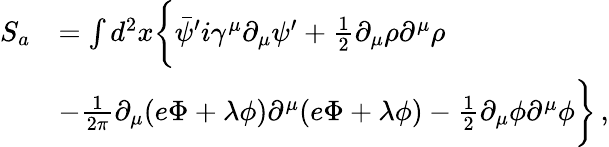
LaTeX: \begin{array}{rl}{S_{a}}&{=\int d^{2}x\bigg\{ \bar{\psi}^{\prime}i\gamma^{\mu}\partial_{\mu}\psi^{\prime}+\frac{1}{2}\partial_{\mu}\rho\partial^{\mu}\rho}\\ &{-\frac{1}{2\pi}\partial_{\mu}(e\Phi+\lambda\phi)\partial^{\mu}(e\Phi+\lambda\phi)-\frac{1}{2}\partial_{\mu}\phi\partial^{\mu}\phi\bigg\} \, ,}\end{array}